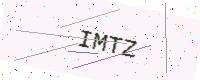
Text: IMTZ